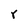
Character: r